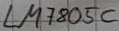
Text: LM805C